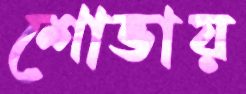
শোভায়